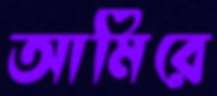
আমিরে